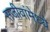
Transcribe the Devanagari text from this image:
सजीवांमेध्ये